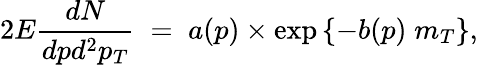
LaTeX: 2E{\frac{dN}{dpd^{2}p_{T}}}\; =\; a(p)\times\exp\left\{ -b(p)\; m_{T}\right\} ,